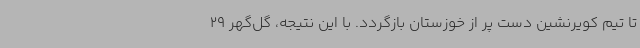
تا تیم کویرنشین دست پر از خوزستان بازگردد. با این نتیجه، گل‌گهر 29